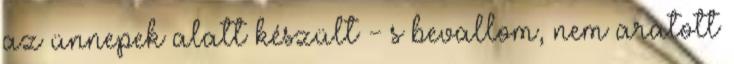
az ünnepek alatt készült - s bevallom, nem aratott